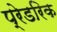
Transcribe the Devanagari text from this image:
प्रेडरिक